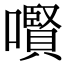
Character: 㘋